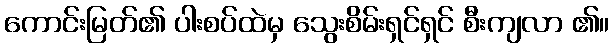
ကောင်းမြတ်၏ ပါးစပ်ထဲမှ သွေးစိမ်းရှင်ရှင် စီးကျလာ ၏။